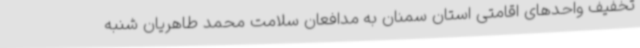
تخفیف واحدهای اقامتی استان سمنان به مدافعان سلامت محمد طاهریان شنبه